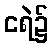
ငရဲ၌